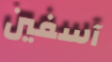
آسفين